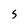
Character: S